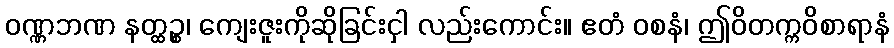
ဝဏ္ဏဘဏ နတ္ထဉ္စ၊ ကျေးဇူးကိုဆိုခြင်းငှါ လည်းကောင်း။ ဧတံ ဝစနံ၊ ဤဝိတက္ကဝိစာရာနံ